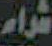
شراء